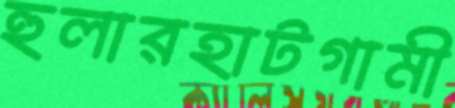
হুলারহাটগামী